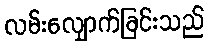
လမ်းလျှောက်ခြင်းသည်